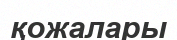
қожалары